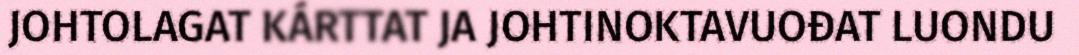
JOHTOLAGAT KÁRTTAT JA JOHTINOKTAVUOĐAT LUONDU